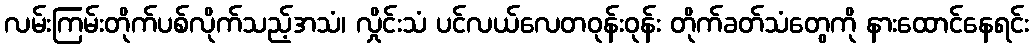
လမ်းကြမ်းတိုက်ပစ်လိုက်သည့်အသံ၊ လှိုင်းသံ ပင်လယ်လေတဝုန်းဝုန်း တိုက်ခတ်သံတွေကို နားထောင်နေရင်း